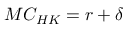
M C _ { H K } = r + \delta